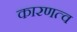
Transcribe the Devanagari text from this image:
कारणत्व